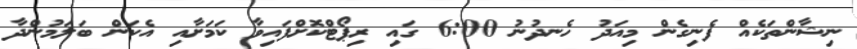
ނިޝާންތަކެއް ފެނިގެން މިއަދު ހެނދުނު 6:00 ގައި ރިޕޯޓްކޮށްފައިވާ ކަމަށާއި އެކަން ބަލަމުންދާ